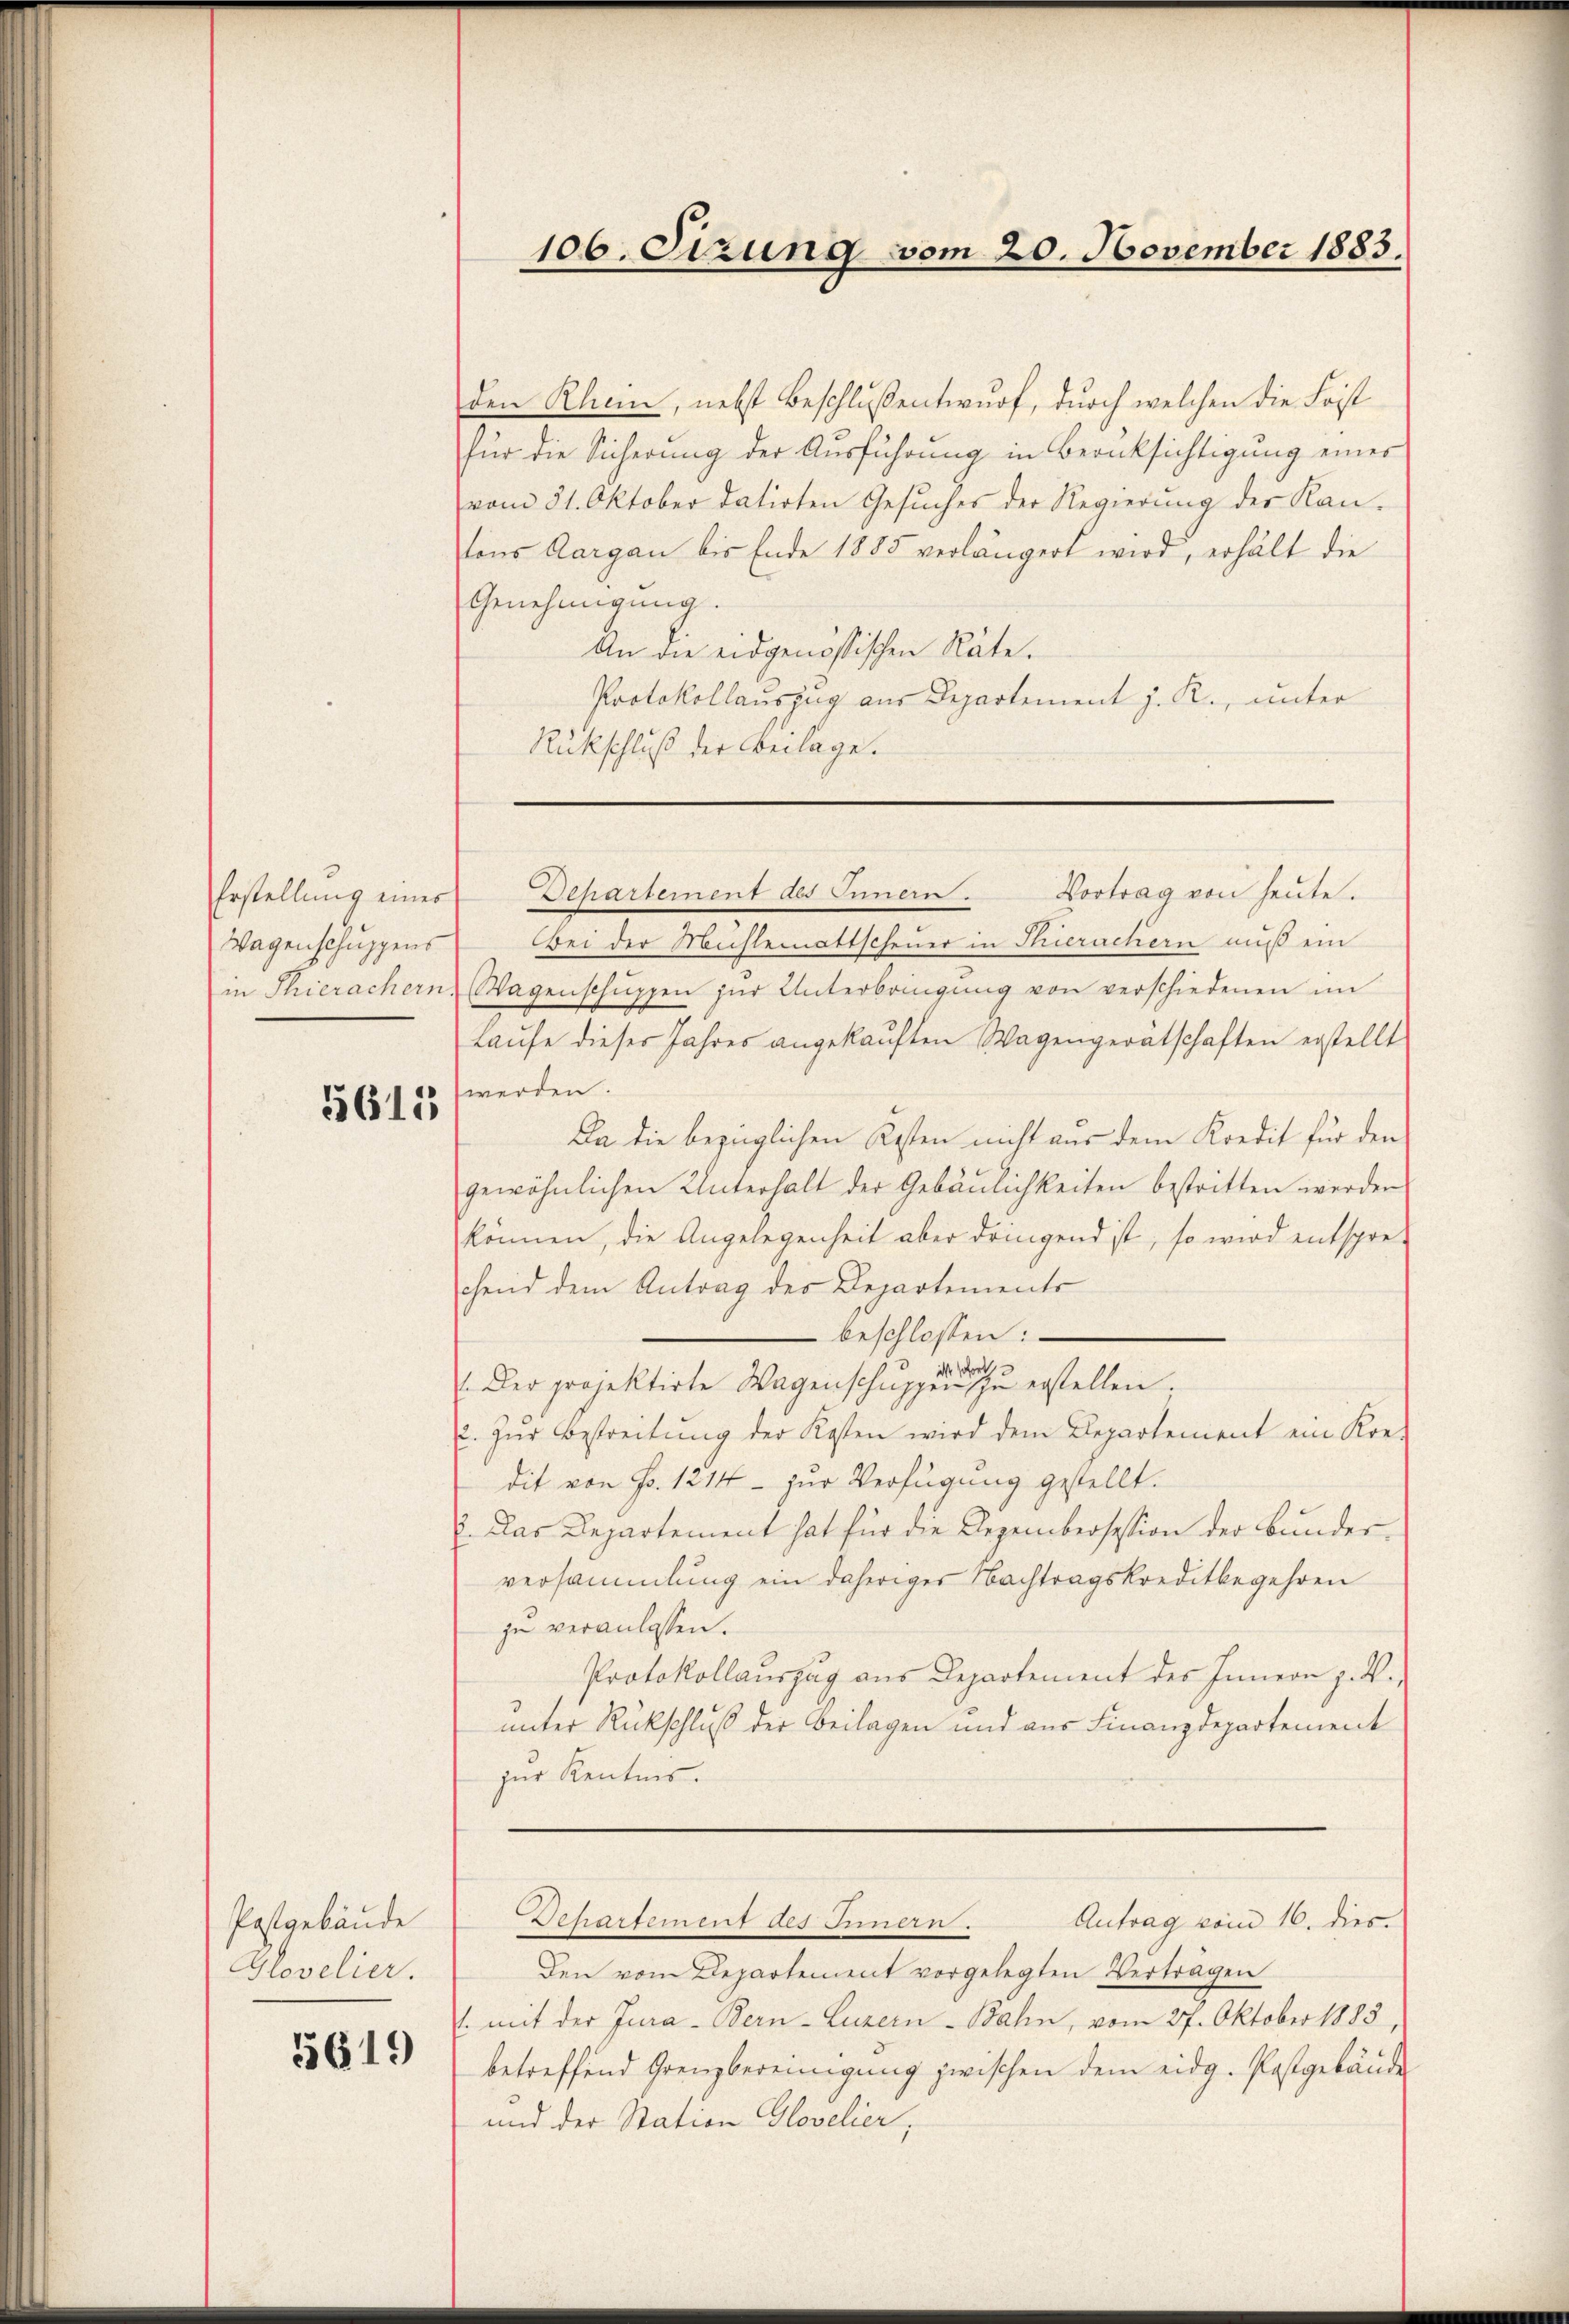
Wagenschuppens
in Thierachern.

5613

Postgebäude
Glovelier.

5619

den Rhein, nebst Beschlussentwurf, durch welchen die Frist
für die Sicherung der Ausführung in Berüksichtigung eines
vom 31. Oktober datirten Gesuches der Regierung der Kan-
tons Aargau bis Ende 1885 verlängert wird, erhält die
Genehmigung.
An die eidgenössischen Räte.
Protokollauszug aus Departement J. R., unter
Rückschluß der Beilage.

106. Sizung vom 20. November 1883.

Bei der Mühlemattscheuer in Thierachern auß ein
Wagenschŭppen zŭr Unterbringŭng von verschiedenen im
Laŭfe dieser Jahres angekaŭften Wagengerätschaften erstellt
werden.
Da die bezüglichen Kosten nicht aus dem Kredit für den
gewöhnlichen Unterhalt der Gebäŭlichkeiten bestritten werden
können, die Angelegenheit aber dringend ist, so wird entspre-
chend dem Antrag des Departements
- beschlossen:
M soforth
. Der projektirte Wagenschŭppen zu erstellen;
. zŭr Bestreitŭng der Kosten wird dem Departement ein Kre-
dit von Fr. 1214 - zur Verfügung gestellt.
. Das Departement hat für die Dezembersession der Bunderversammlung ein daheriger Nachtragskreditbegehren
zu veranlassen.
Protokollauszug aus Departement des Innern z. V.,
unter Rückschluß der Beilagen und aus Finanzdepartement
zur Kenntnis.
Departement des Blin.
Antrag vom 16. dies
Den vom Departement vorgelegten Vertragen
1. mit der Jura - Bern-Luzern-Bahn, vom 27. Oktober 1883,
betreffend Grenzbereinigung zwischen dem eidg. Postgebäude
und der Station Glovelier,

Erstellŭng eines Departement des Innern. Vortrag von heute.